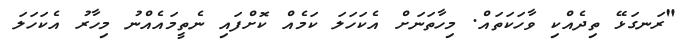
"ރަނގަޅޭ ތިދެއްކި ވާހަކަތައް. މިހާތަނަށް އެކަހަލަ ކަމެއް ކޮށްފައި ނެތީމައެއްނު މިހާރު އެކަހަލަ